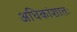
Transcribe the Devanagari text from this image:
अधिकांशातः